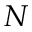
N